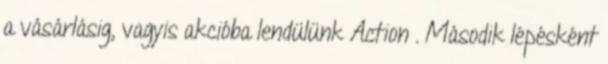
a vásárlásig, vagyis akcióba lendülünk Action . Második lépésként